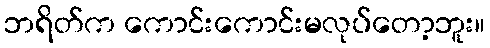
ဘရိတ်က ကောင်းကောင်းမလုပ်တော့ဘူး။